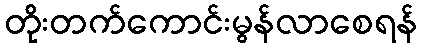
တိုးတက်ကောင်းမွန်လာစေရန်